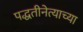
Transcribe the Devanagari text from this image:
पद्धतीनेत्याच्या